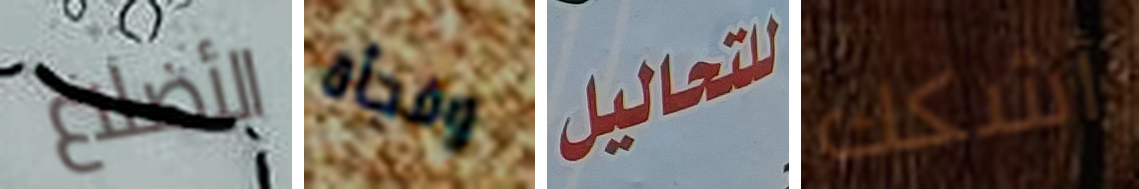
الأضلاع وفجأة للتحاليل أشكك